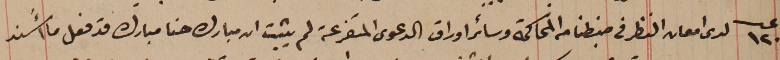
عدد ١٢٠ لدى امعان النظر في ضبطنا من المحاكمة وسائر اوراق الدعوى المتفرعة لم يثبت ان مبارك حنا مبارك قد فعل ما أُسند